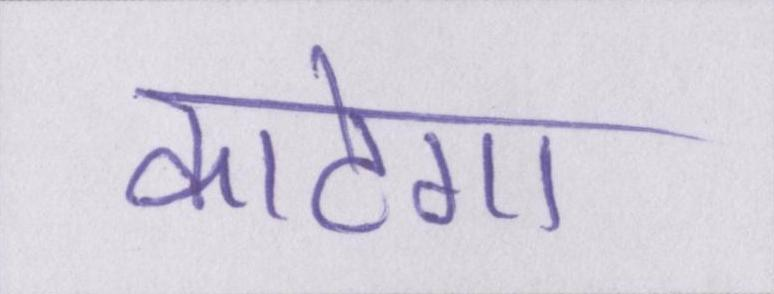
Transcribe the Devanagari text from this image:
काटेगा